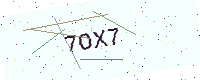
Text: 7OX7